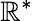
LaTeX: \mathbb{R}^{*}